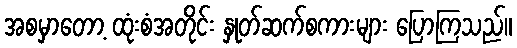
အစမှာတော့ ထုံးစံအတိုင်း နှုတ်ဆက်စကားများ ပြောကြသည်။